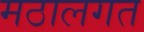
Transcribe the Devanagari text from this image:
मठालगत